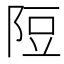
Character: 𨹜